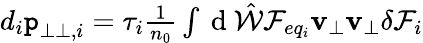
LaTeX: \begin{array}{r}{d_{i}\texttt{p}_{\perp\perp,i}=\tau_{i}\frac{1}{n_{0}}\int\mathrm{~d~}\hat{\mathcal{W}}{\mathcal F}_{eq_{i}}\textbf{v}_{\perp}\textbf{v}_{\perp}\delta{\mathcal F}_{i}}\end{array}